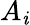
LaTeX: A_{\mathit{i}}